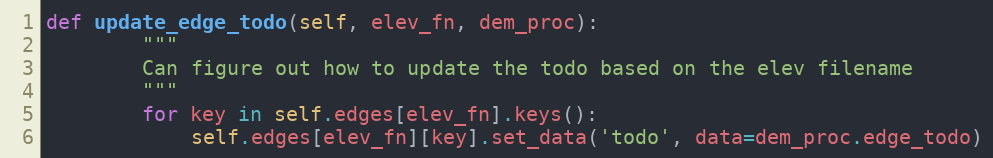
Language: Python
def update_edge_todo(self, elev_fn, dem_proc):
        """
        Can figure out how to update the todo based on the elev filename
        """
        for key in self.edges[elev_fn].keys():
            self.edges[elev_fn][key].set_data('todo', data=dem_proc.edge_todo)